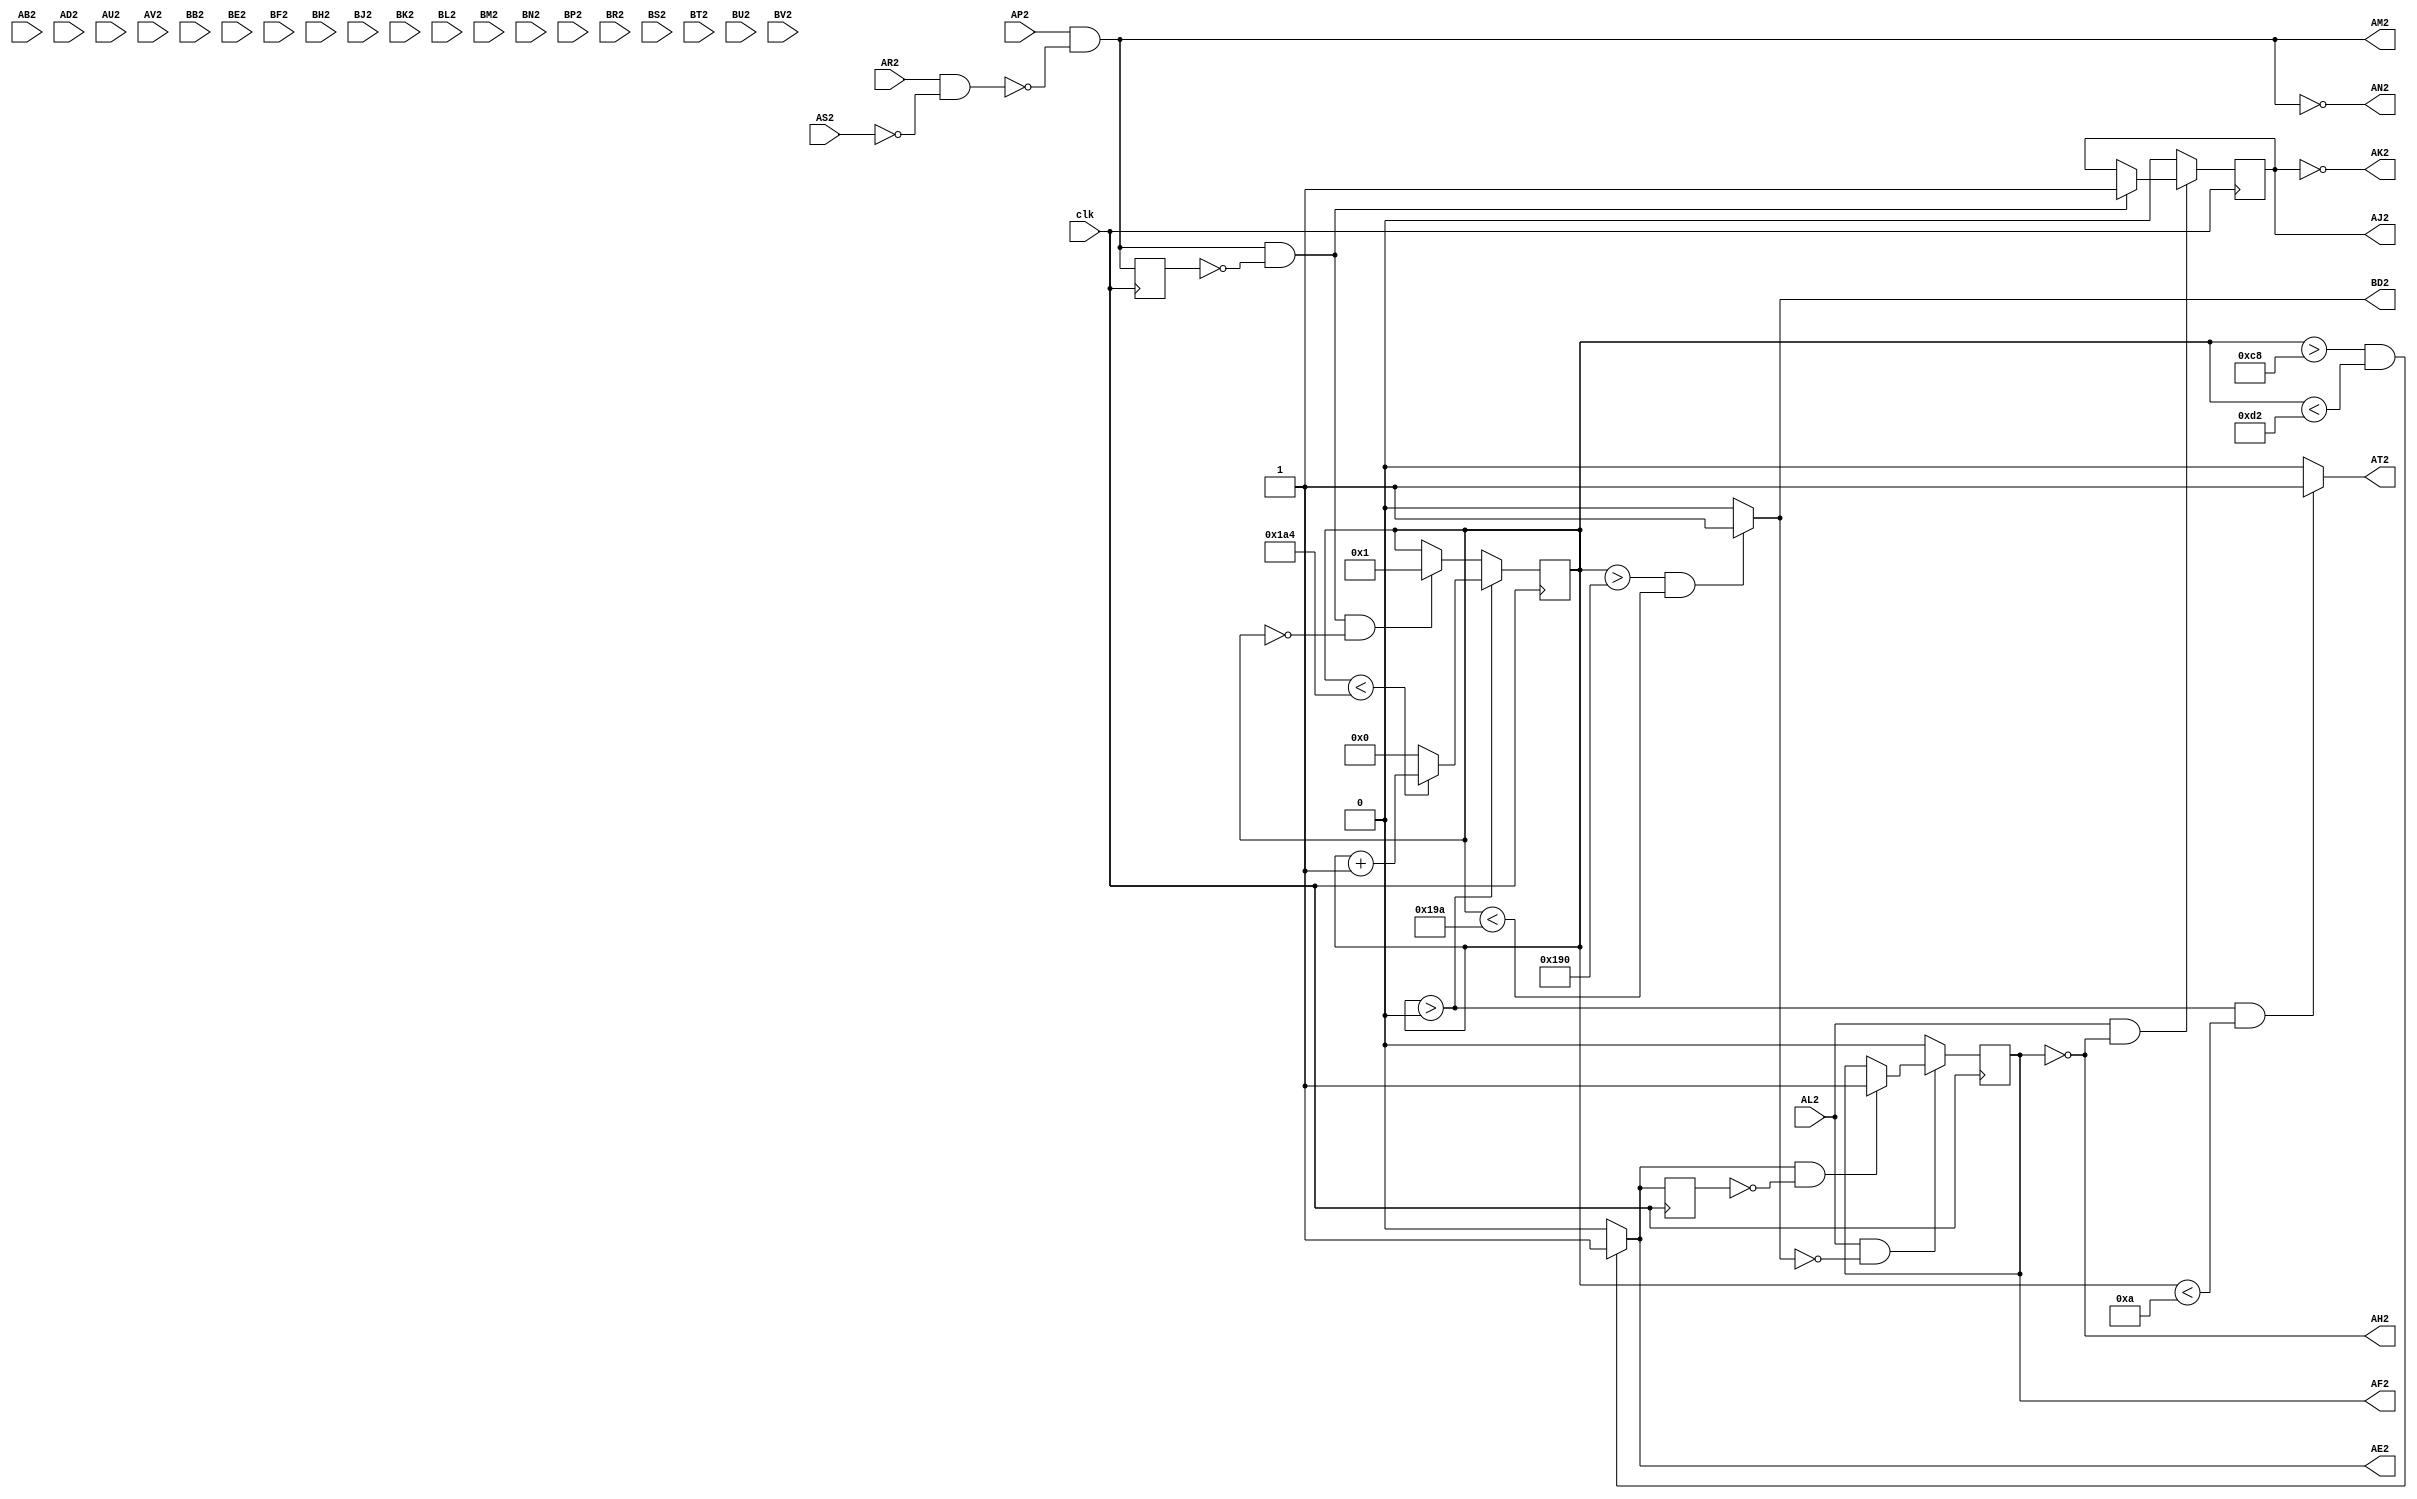
// M700 - Manual timing generator
// Kyle Owen - 15 February 2021

module m700 (
	clk, // 100 MHz
	//AA2,  // +5V
	AB2,
	//AC2,  // ground
	AD2,
	AE2,
	AF2,
	AH2,
	AJ2,
	AK2,
	AL2,
	AM2,
	AN2,
	AP2,
	AR2,
	AS2,
	AT2,
	AU2,
	AV2,
	//BA2,  // +5V
	BB2,
	//BC2,  // ground
	BD2,
	BE2,
	BF2,
	BH2,
	BJ2,
	BK2,
	BL2,
	BM2,
	BN2,
	BP2,
	BR2,
	BS2,
	BT2,
	BU2,
	BV2
	);
// power and ground
//inout AA2, BA2, AC2, BC2; 

// main inputs
input clk, AS2, AR2, AP2, AL2;

// main outputs
output AN2, AK2, AJ2, AM2, AT2, AH2, AF2, AE2, BD2;

// unused
/* verilator lint_off UNUSED */
input AB2, AD2, AU2, AV2, BB2, BE2, BF2, BH2, BJ2, 
	BK2, BL2, BM2, BN2, BP2, BR2, BS2, BT2, BU2, BV2;
/* lint_on */

// power assignments
//assign AA2 = 1'b1;
//assign BA2 = 1'b1;
//assign AC2 = 1'b0;
//assign BC2 = 1'b0;

// main time counter
reg [8:0] timer;

wire mftp0, mftp1, mftp2;
assign mftp0 = ((timer > 0) && (timer < 9'd10)) ? 1'b1 : 1'b0;
assign mftp1 = ((timer > 9'd200) && (timer < 9'd210)) ? 1'b1 : 1'b0;
assign mftp2 = ((timer > 9'd400) && (timer < 9'd410)) ? 1'b1 : 1'b0;
assign AT2 = mftp0;
assign AE2 = mftp1;
assign BD2 = mftp2;

wire mfts0 = (AP2 & !(AR2 & !AS2));
reg old_mfts0;
assign AM2 = mfts0;
assign AN2 = !mfts0;

reg mfts1;
assign AJ2 = mfts1;
assign AK2 = !mfts1;

reg mfts2;
assign AF2 = mfts2;
assign AH2 = !mfts2;

wire mfts1_rst = !(AL2 & !mfts2);
wire mfts2_rst = !(AL2 & !mftp2);

reg old_mftp1;

always @(posedge clk) begin
	old_mftp1 <= mftp1;
	old_mfts0 <= mfts0;

	if (mfts1_rst) mfts1 <= 1'b0;
	else if (mfts0 && !old_mfts0) mfts1 <= 1'b1;

	if (mfts2_rst) mfts2 <= 1'b0;
	else if (mftp1 && !old_mftp1) mfts2 <= 1'b1;

	if (mfts0 && !old_mfts0 && (timer == 0)) timer <= 1;

	if (timer > 0) begin
		if (timer < 9'd420) timer <= timer + 1;
		else timer <= 0;
	end
end
endmodule